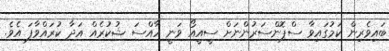
ބައިވެރިން ކަމުގައިވާ ސްޕޮންސަރުންނަށް ސީއީއޯ ވަނީ ހާއްސަ ޝުކުރެއް އަދާ ކުރައްވާފަ އެވެ.